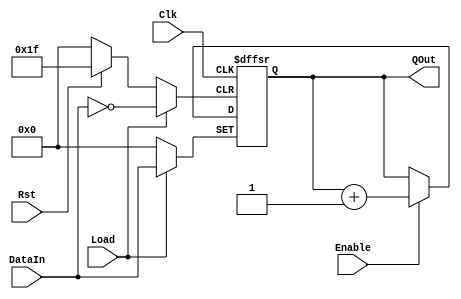
module Counter #(
            parameter N=4,         // counter length
            parameter EN_Q0=0,    // enable condition, 0 - EN, 1 - EN & (q>0)
            parameter DIR=1         // counting direction
        )
        (
            input Clk,
            input Rst,
            input Load,
            input Enable,
            input [N:0] DataIn,
            output [N:0] QOut
        );

reg [N:0] q;


// ---- Implementation ---------------------------------------------------------------------

always @(negedge Clk , posedge Rst , posedge Load)
begin : Counter_body
    if (Rst)
        q = 0;
    else if (Load)
        q = DataIn;
    else if ( Enable && (!EN_Q0 || (EN_Q0 && (q>0))))
    begin : Counting_block
        if (DIR)
            q++;
        else
            q--;
    end : Counting_block
end : Counter_body

assign QOut = q;

endmodule